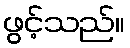
ဖွင့်သည်။